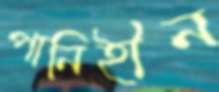
পানিহীন